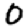
Digit: 0